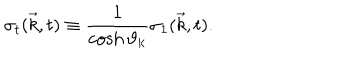
{ \sigma } _ { t } ( { \vec { k } } , t ) \equiv \frac { 1 } { \cosh { \vartheta } _ { k } } { \sigma } _ { 1 } ( { \vec { k } } , t ) .